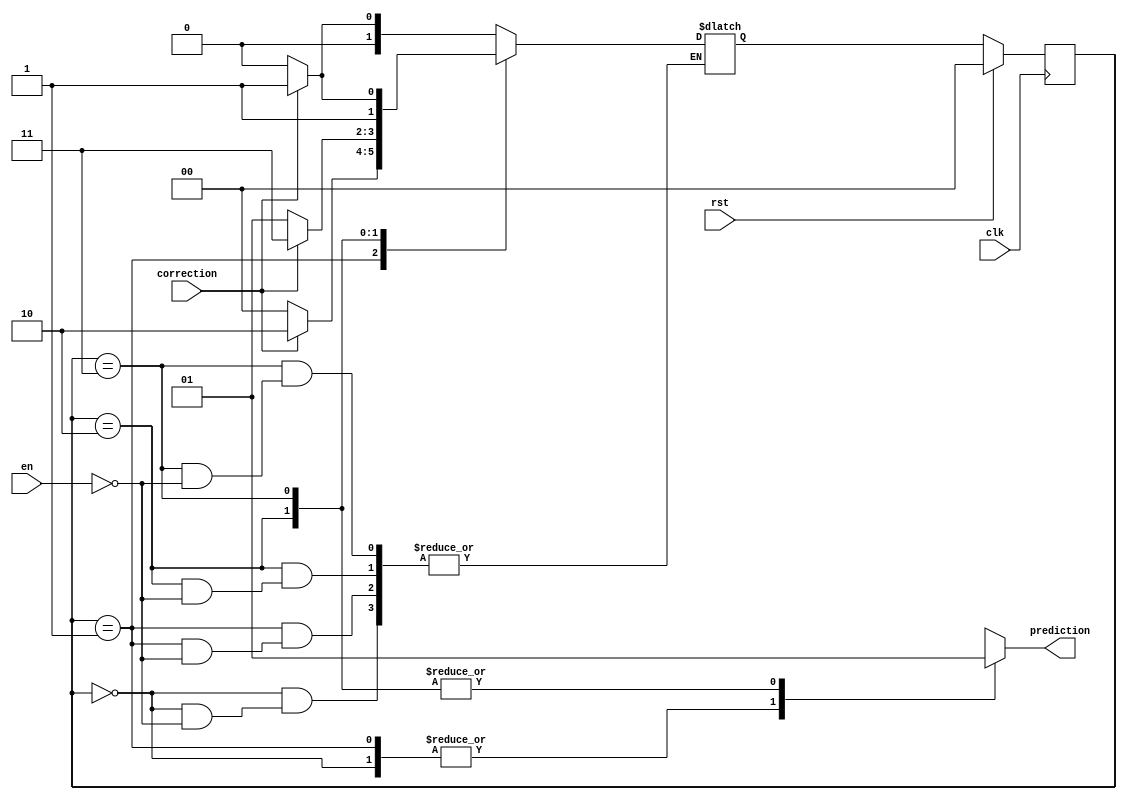
module branch_prediction_unit

	(
		input clk,
		input rst,
		input	correction,
		input en,
		output reg prediction
	);
	
	
	parameter SNT = 2'b00;
	parameter NT = 2'b01;
	parameter BT = 2'b10;
	parameter SBT = 2'b11;
	
	reg [1:0] state, next_state;
	
	always @(posedge clk)
		if (rst)
			state <= 0;
		else
			state <= next_state;
			
	always @(*) begin
		case (state)
			SNT: begin
				if (en)
					if (correction)
						next_state = NT;
					else
						next_state = SNT;
				prediction = 0;
			end
			NT: begin
				if (en)
					if (correction)
						next_state = BT;
					else
						next_state = SNT;
				prediction = 0;
			end
			BT: begin
				if (en)
					if (correction)
						next_state = SBT;
					else
						next_state = NT;
				prediction = 1'b1;
			end
			SBT: begin
				if (en)
					if (correction)
						next_state = SBT;
					else
						next_state = BT;
				prediction = 1'b1;
			end
			default: begin
				next_state = SNT;
			end
		endcase
	end
	
endmodule